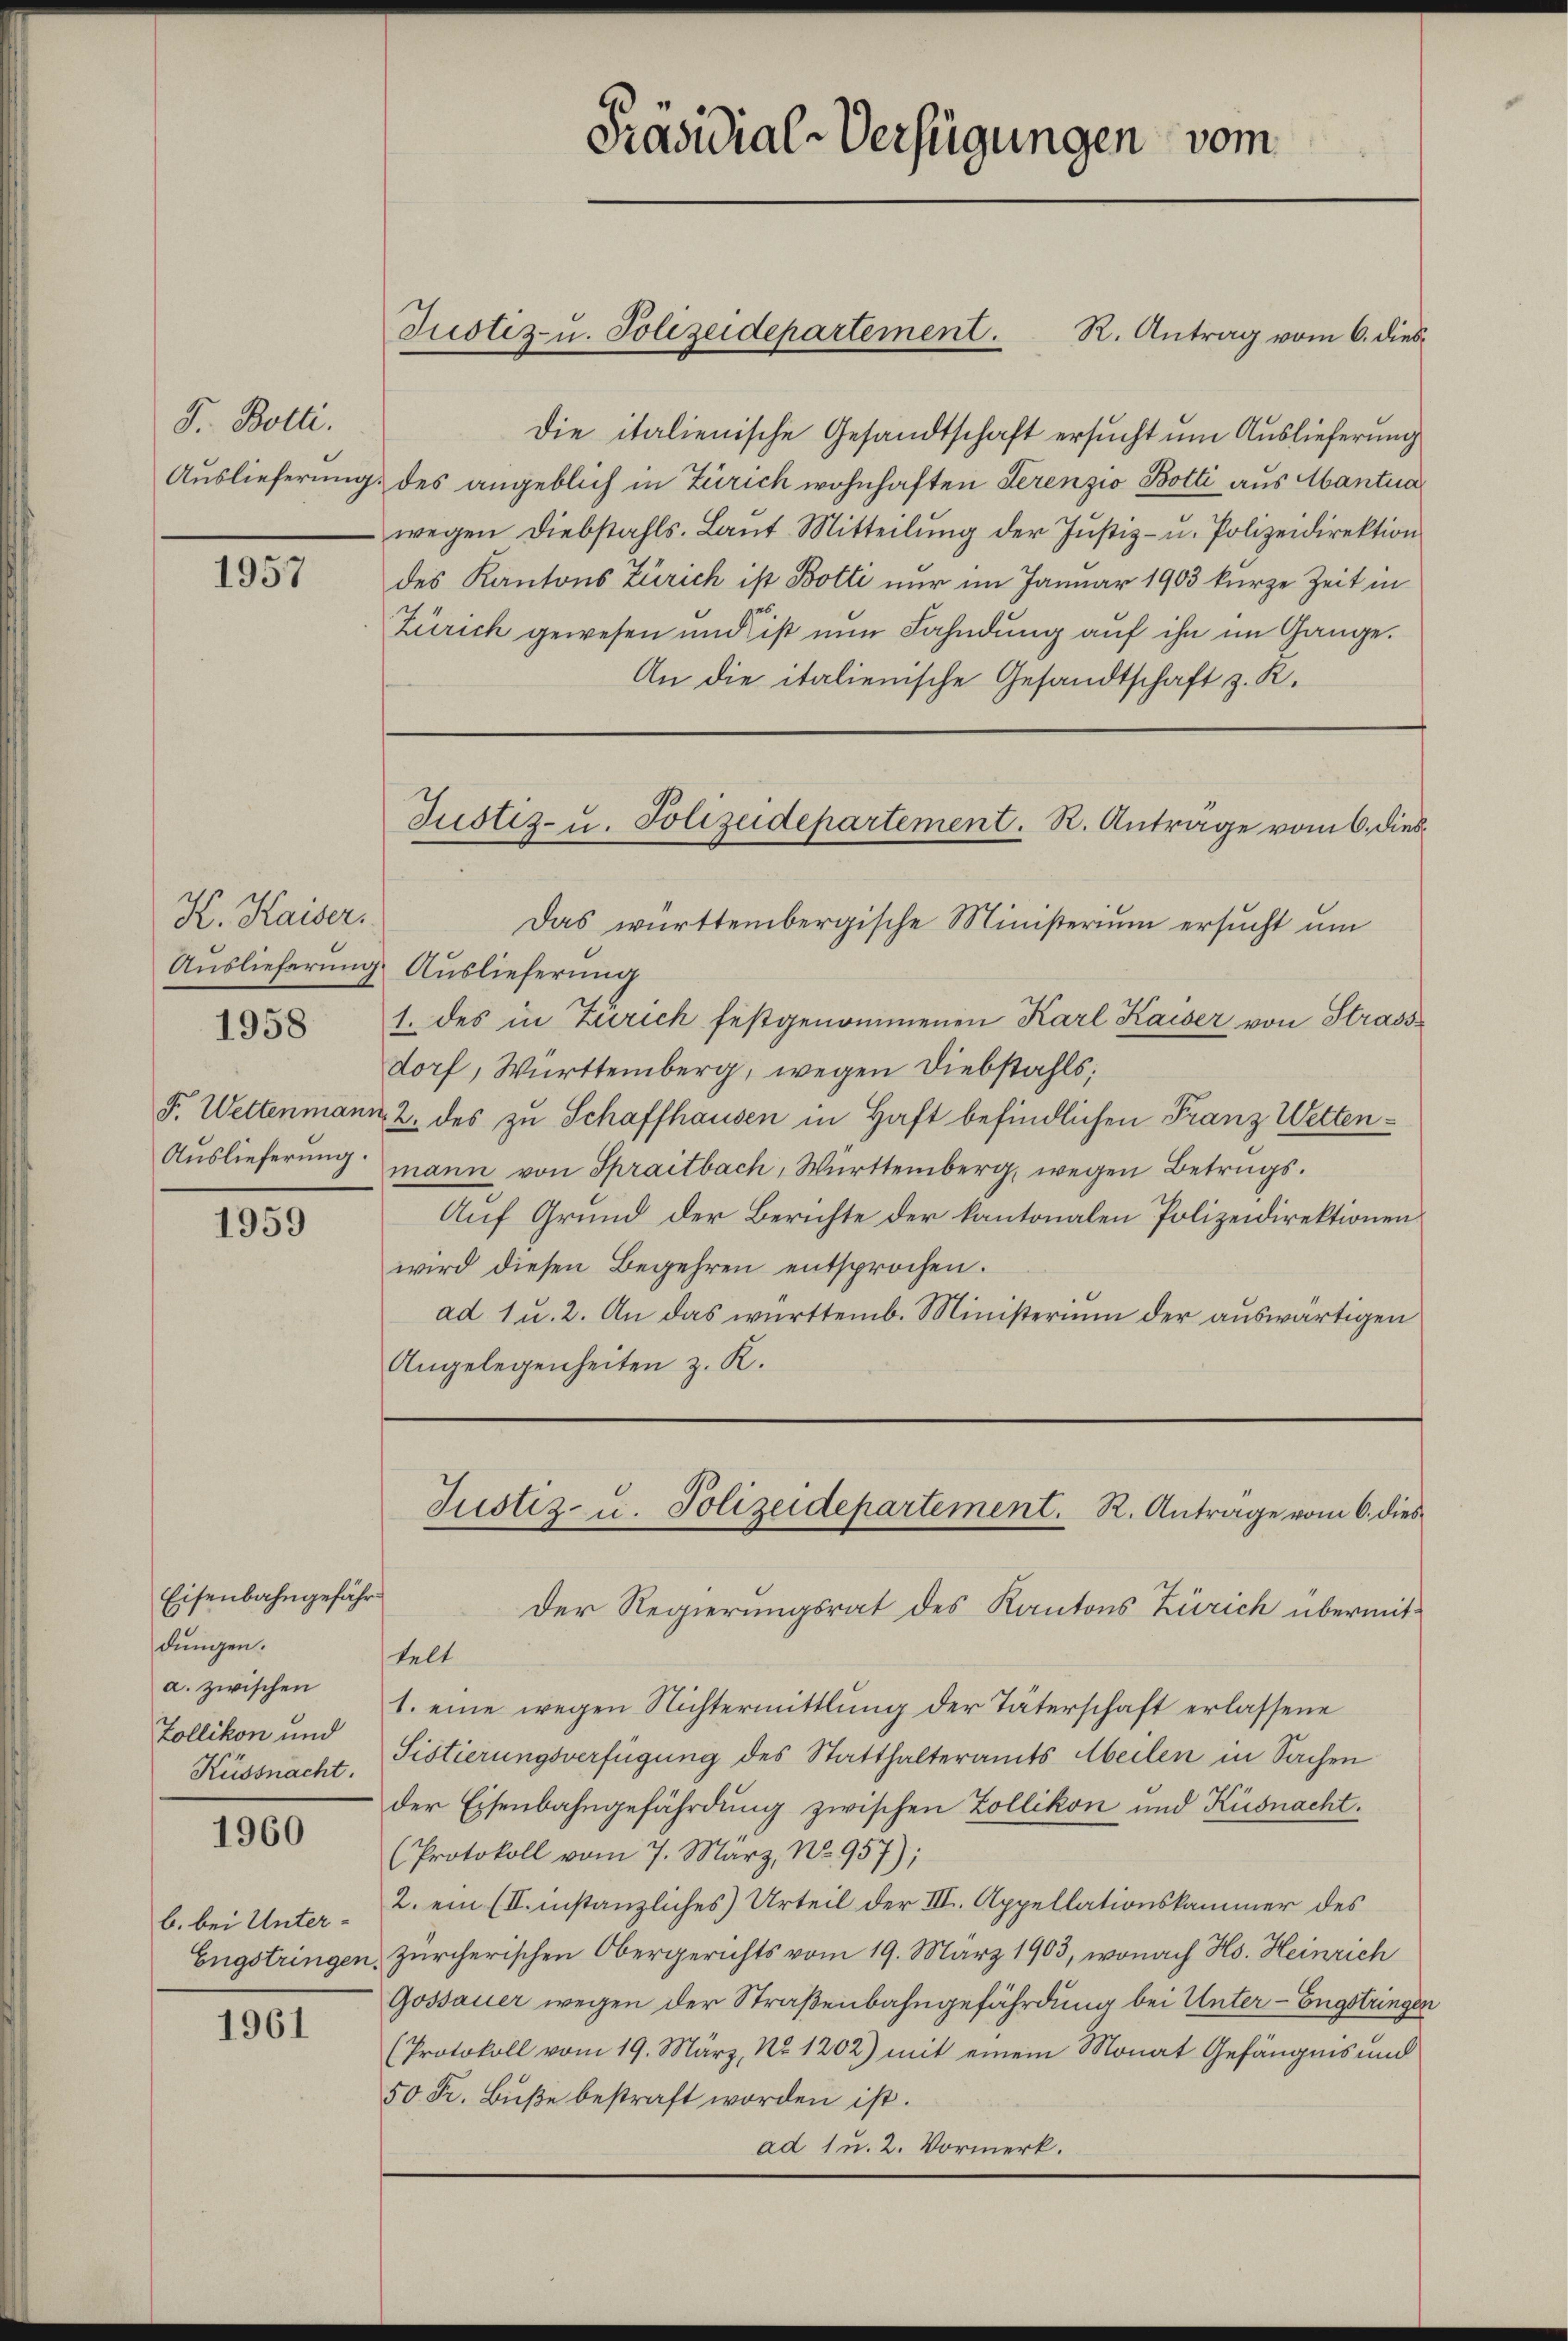
F. Botti.
Auslieferung

1957

K. Kaiser

1958

F. Wettenmann
Auslieferung.

1959

Eisenbahngefähr
dungen.
a. zwischen
Zollikon und
Küssnacht.

1960

b. bei Unter-
Engstringen

1961

Die italienische Gesandtschaft ersucht um Auslieferung
des angeblich in Zürich wohnhaften Serenzio Botti aus Mantua
wegen Diebstahls-Lant. Mitteilŭng der Justiz- u. Polizeidirektion
des Kantons Zürich ist Botti nur im Januar 1903 kurze Zeit in
Zürich gewesen und ist nun Fahndung auf ihn im Gange.
An die italienische Gesandtschaft z. K.
Das württembergische Ministerium ersucht um
Auslieferung Auslieferung
1. des in Zürich festgenommenen Karl Kaiser von Strass
dorf, Württemberg, wegen Diebstahls
u 2. des zu Schaffhausen in Haft befindlichen Franz Wettenmann von Spractbach, Württemberg, wegen Betrugs¬
Auf Grund der Berichte der kantonalen Polizeidirektionen
wird diesen Begehren entsprochen.
ad 1 u. 2. An das württemb. Ministerium der auswärtigen
Angelegenheiten z. K.

Justiz- u. Polizeidepartement. R. Antrag vom 6. dies¬

Präsidial-Verfügungen vom

Justiz- u. Polizeidepartement. R. Antrage vom 6. dies

telt
1. eine wegen Nichtermittlung der Täterschaft erlassene
Sistierungsverfügung des Statthalteramts Abeilen in Sachen
der Eisenbahngefährdung zwischen Zollikon und Küsnacht.
(Protokoll vom 7. März, No 957);
2. ein (II. instanzliches Urteil der III. Appellationskammer des
Zürcherischen Obergerichts vom 19. März 1903, wonach Hs. Heinrich
Gossauer wegen der Straßenbahngefährdung bei Unter-Engstringen
(Protokoll vom 19. März, No. 1202) mit einem Monat Gefängnis und
50 Fr. Bŭβe bestraft worden ist.
ad 1 u. 2. Vormerk.

Justiz- u. Polizeidepartement. R. Antrage vom 6. dies
Der Regierungsrat des Kantons Zürich übermit¬